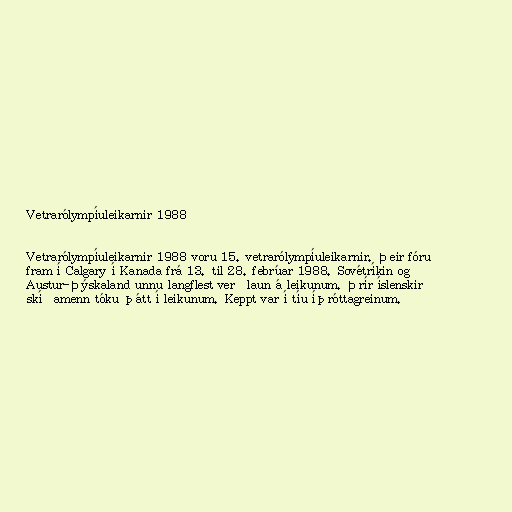
Vetrarólympíuleikarnir 1988

Vetrarólympíuleikarnir 1988 voru 15. vetrarólympíuleikarnir. Þeir fóru
fram í Calgary í Kanada frá 13. til 28. febrúar 1988. Sovétríkin og
Austur-Þýskaland unnu langflest verðlaun á leikunum. Þrír íslenskir
skíðamenn tóku þátt í leikunum. Keppt var í tíu íþróttagreinum.